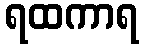
ရထကာရ